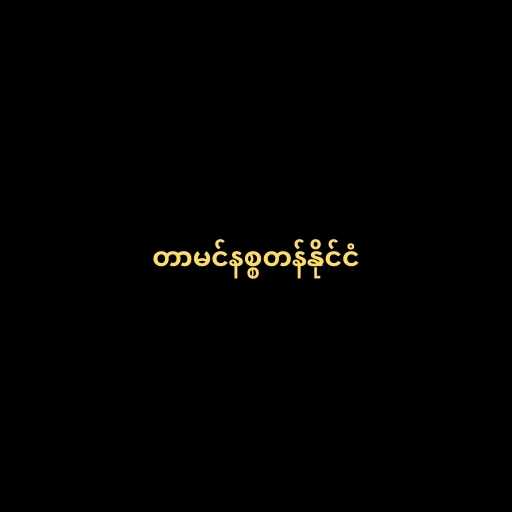
တာမင်နစ္စတန်နိုင်ငံ